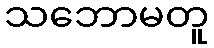
သဘောမတူ